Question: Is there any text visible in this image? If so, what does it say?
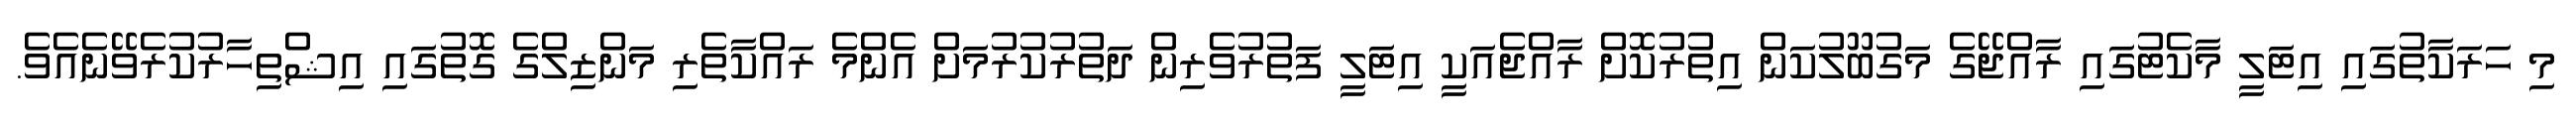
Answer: މި ހަރަކާތުގައި އިޓަލީ މާކެޓުގައި ރާއްޖޭގެ މަގުބޫލުކަން އިތުރުކޮށް ރާއްޖެއަކީ އިޓަލީ ފަތުރުވެރިން ދަތުރުކުރުމަށް އެންމެ ރައްކާތެރި މަންޒިލްގެ ގޮތުގައި އިޝްތިހާރުކުރެވޭނެއެވެ.